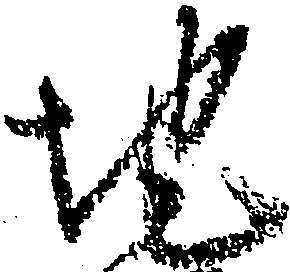
地